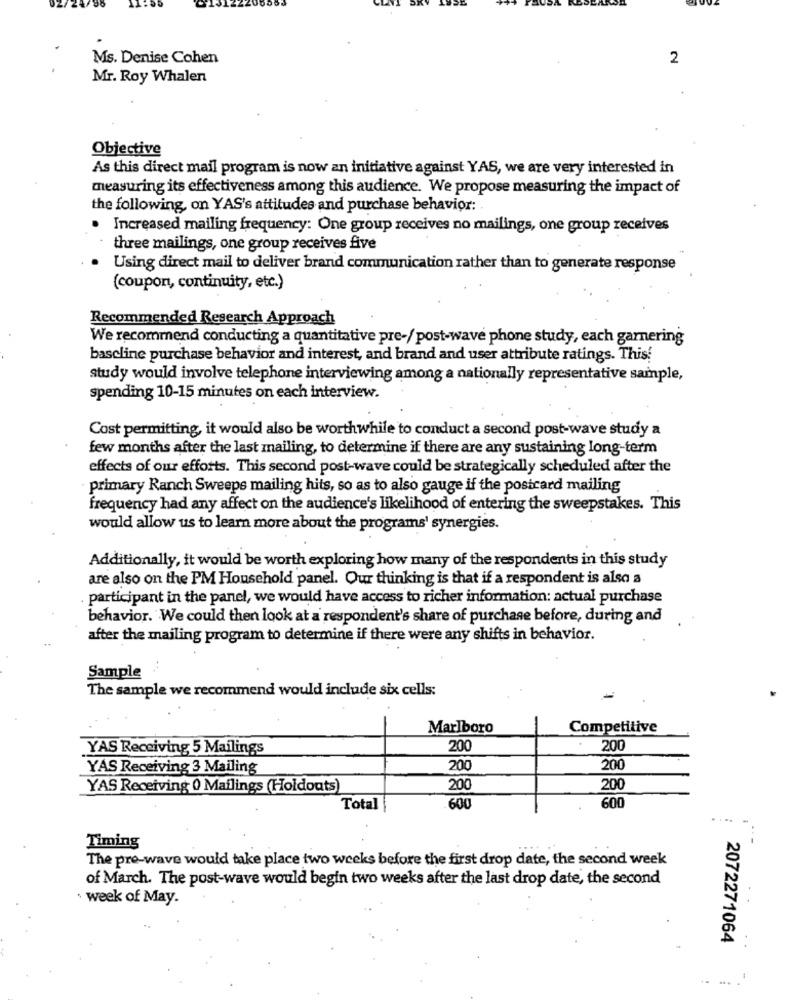
Ms. Denise Cohen
2
Mr. Roy Whalen
Objective
As this direct mail program is now an initiative against YAS, we are very interested in
measuring its effectiveness among this audience. We propose measuring the impact of
the following, on YAS's attitudes and purchase behavior :.
Increased mailing frequency: One group receives no mailings, one group receives
three mailings, one group receives five
Using direct mail to deliver brand communication rather than to generate response
(coupon, continuity, etc.)
Recommended Research Approach
We recommend conducting a quantitative pre-/ post-wave phone study, each garnering
bascline purchase behavior and interest, and brand and user attribute ratings. This!
study would involve telephone interviewing among a nationally representative sample,
spending 10-15 minutes on each interview.
Cost permitting, it would also be worthwhile to conduct a second post-wave study a
few months after the last mailing, to determine if there are any sustaining long-term
effects of our efforts. This second post-wave could be strategically scheduled after the
-primary Ranch Sweeps mailing hits, so as to also gauge if the postcard mailing
frequency had any affect on the audience's likelihood of entering the sweepstakes. This
would allow us to learn more about the programs' synergies.
Additionally, it would be worth exploring how many of the respondents in this study
are also on the PM Household panel. Our thinking is that if a respondent is also a
. participant in the panel, we would have access to richer information: actual purchase
behavior. We could then look at a respondent's share of purchase before, during and
after the mailing program to determine if there were any shifts in behavior.
Sample
The sample we recommend would include six cells:
Marlboro
Competitive
YAS Receiving 5 Mailings
200
200
YAS Receiving 3 Mailing
200
200
YAS Receiving 0 Mailings (Holdouts)
200
200
600
Total
600
Timing
The pre-wave would take place two weeks before the first drop date, the second week
of March. The post-wave would begin two weeks after the last drop date, the second
week of May.
2072271064
.... .